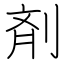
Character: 剤